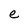
Character: e